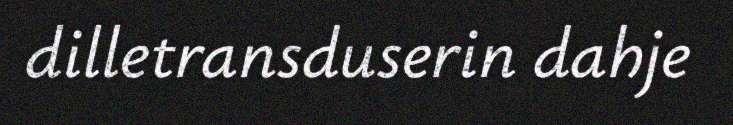
dilletransduserin dahje